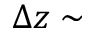
\Delta z \sim